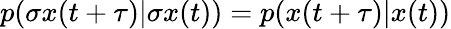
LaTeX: p(\sigma x(t+\tau)|\sigma x(t))=p(x(t+\tau)|x(t))